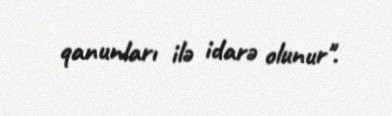
qanunları ilə idarə olunur".